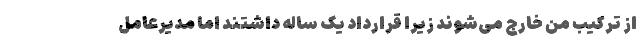
از ترکیب من خارج می‌شوند زیرا قرارداد یک ساله داشتند اما مدیرعامل